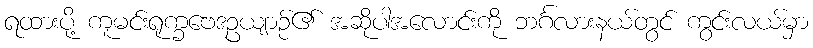
ရထားပို့ ကူမင်းရုက္ခဗေဒဥယျာဉ်၏ အဆိုပါအလောင်းကို ဘင်္ဂလားနယ်တွင် ကွင်းလယ်မှာ